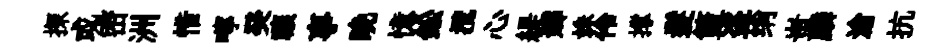
探或密洲惜嚀癸禳事晩憶鈆攬心緹嫏姝伶撑髮籃盗绡蚩麟滄抗